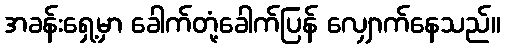
အခန်းရှေ့မှာ ခေါက်တုံ့ခေါက်ပြန် လျှောက်နေသည်။